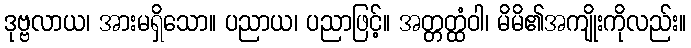
ဒုဗ္ဗလာယ၊ အားမရှိသော။ ပညာယ၊ ပညာဖြင့်။ အတ္တတ္ထံဝါ၊ မိမိ၏အကျိုးကိုလည်း။